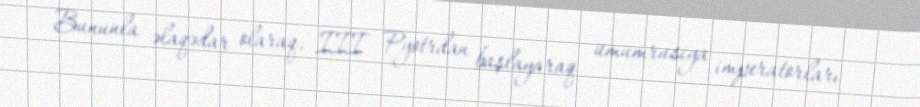
Bununla əlaqədar olaraq, III Pyotrdan başlayaraq ümumrusiya imperatorları